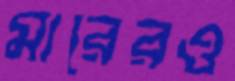
মারেরও